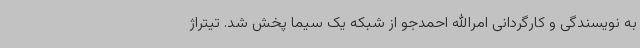
به نویسندگی و کارگردانی امرالله احمدجو از شبکه یک سیما پخش شد. تیتراژ